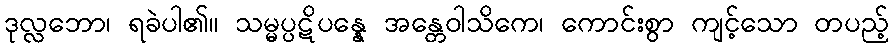
ဒုလ္လဘော၊ ရခဲပါ၏။ သမ္မပ္ပဋိပန္နေ အန္တေဝါသိကေ၊ ကောင်းစွာ ကျင့်သော တပည့်